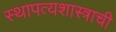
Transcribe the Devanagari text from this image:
स्थापत्यशास्त्राची